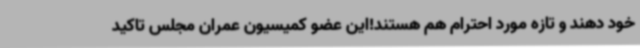
خود دهند و تازه مورد احترام هم هستند!این عضو کمیسیون عمران مجلس تاکید